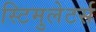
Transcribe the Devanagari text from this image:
स्टिमुलेटर्स